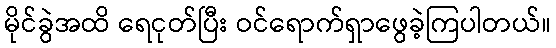
မိုင်ခွဲအထိ ရေငုတ်ပြီး ဝင်ရောက်ရှာဖွေခဲ့ကြပါတယ်။